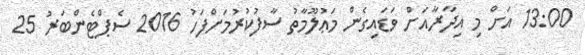
13:00 އަށް މި އިދާރާއަށް ވަޑައިގެން މަޢުލޫމާތު ސާފުކުރުމަށްފަހު 2016 ސެޕްޓެންބަރު 25